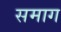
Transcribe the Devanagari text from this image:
समाग